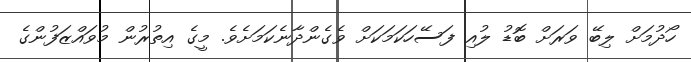
ހޯދުމަށް ލިބޭ ވަރަށް ބޮޑު ލުއި ފަސޭހަކަމަކަށް ވެގެންދާނެކަމަށެވެ. މީގެ އިތުރުން މުވައްޒަފުންގެ